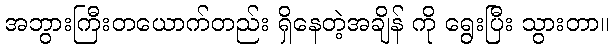
အဘွားကြီးတယောက်တည်း ရှိနေတဲ့အချိန် ကို ရွေးပြီး သွားတာ။